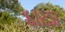
દારડા